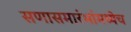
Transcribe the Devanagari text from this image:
सणासमारंभांमध्येच